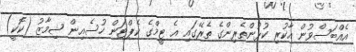
އެއްބަސްވުން އާކުރި ކުޅުންތެރިންގެ ތެރޭގައި އެ ޓީމްގެ ކެޕްޓަން ހުސެއިން ޝިމާޒު (ކޮކީ)